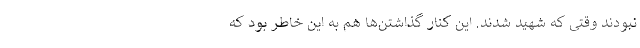
نبودند وقتی که شهید شدند. این کنار گذاشتن‌ها هم به این خاطر بود که